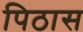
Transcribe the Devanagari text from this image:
पिठास